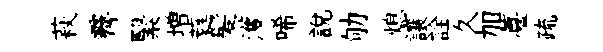
萩霽繄増蕤髪濩唏說劬熄讓詮久加薹疏